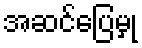
အဆင်ပြေမှု